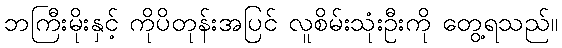
ဘကြီးမိုးနှင့် ကိုပိတုန်းအပြင် လူစိမ်းသုံးဦးကို တွေ့ရသည်။